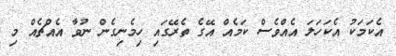
އެކަމަކު އެކަހަލަ އެއްވެސް ކަމެއް އޭގެ ތެރޭގައި ހިމެނިގެން ނުވާ އެއްޗެއް މި